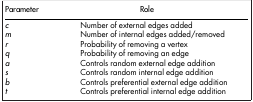
<table><thead><tr><td><b>Parameter</b></td><td><b>Role</b></td></tr></thead><tbody><tr><td><i>c</i></td><td>Number of external edges added</td></tr><tr><td><i>m</i></td><td>Number of internal edges added/removed</td></tr><tr><td><i>r</i></td><td>Probability of removing a vertex</td></tr><tr><td><i>q</i></td><td>Probability of removing an edge</td></tr><tr><td><i>a</i></td><td>Controls random external edge addition</td></tr><tr><td><i>s</i></td><td>Controls random internal edge addition</td></tr><tr><td><i>b</i></td><td>Controls preferential external edge addition</td></tr><tr><td><i>t</i></td><td>Controls preferential internal edge addition</td></tr></tbody></table>